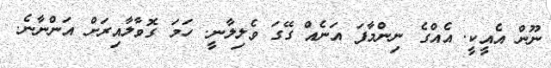
ނޫން އެއީކީ. އެއްގެ ނިންމާފަ އަނެއް ގޭގަ ވެލިލާނީ. ހަމަ ގޮވާލާއިރަށް އަންނާނެ.